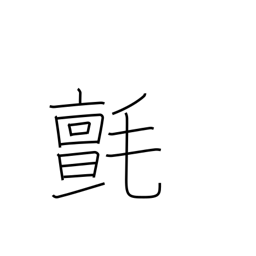
Meaning: woollen cloth or rug